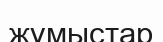
жүмыстар